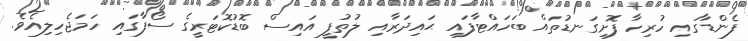
ފެންޑާގައި ހުރިހާ ފޮށިގަނޑުތައް ބަހައްޓާފައި ޙައިދަރާއި ލުތުފީ އައިސް ބޮޑުކޮޓަރީގެ ސޯފާގައި ހަމަޖެހިލިއެވެ.